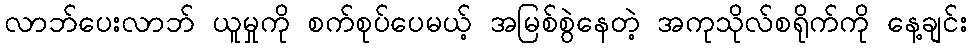
လာဘ်ပေးလာဘ် ယူမှုကို စက်စုပ်ပေမယ့် အမြစ်စွဲနေတဲ့ အကုသိုလ်စရိုက်ကို နေ့ချင်း